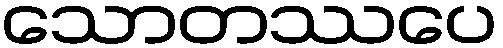
သောတဿပေ